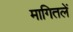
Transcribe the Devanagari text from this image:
मागितलें